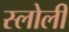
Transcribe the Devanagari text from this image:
स्लोली